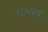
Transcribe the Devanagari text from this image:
१८५४चा